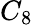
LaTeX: C_{8}